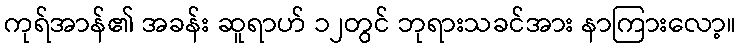
ကုရ်အာန်၏ အခန်း ဆူရာဟ် ၁၂တွင် ဘုရားသခင်အား နာကြားလော့။